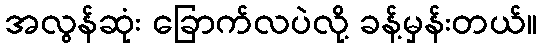
အလွန်ဆုံး ခြောက်လပဲလို့ ခန့်မှန်းတယ်။